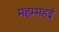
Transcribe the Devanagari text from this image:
महम्महई